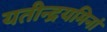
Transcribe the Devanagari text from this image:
यतीन्द्रयमिनां